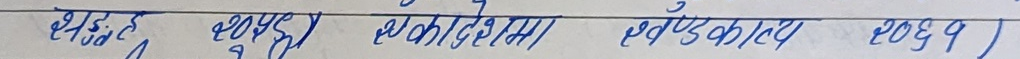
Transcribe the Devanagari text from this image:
क्षेत्रफल एककाई एकाई क्षेत्रका लागि २०६१